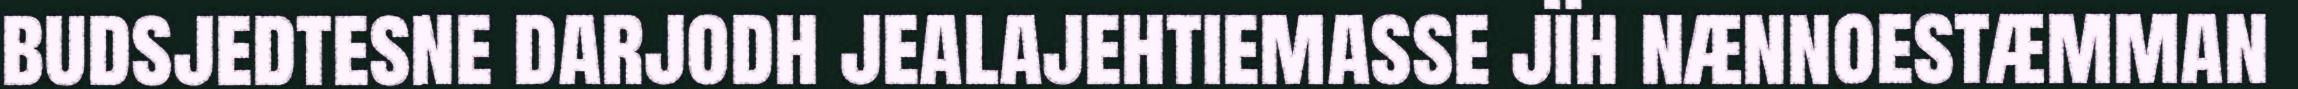
budsjedtesne darjodh jealajehtiemasse jïh nænnoestæmman